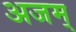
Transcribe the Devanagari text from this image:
अजम्